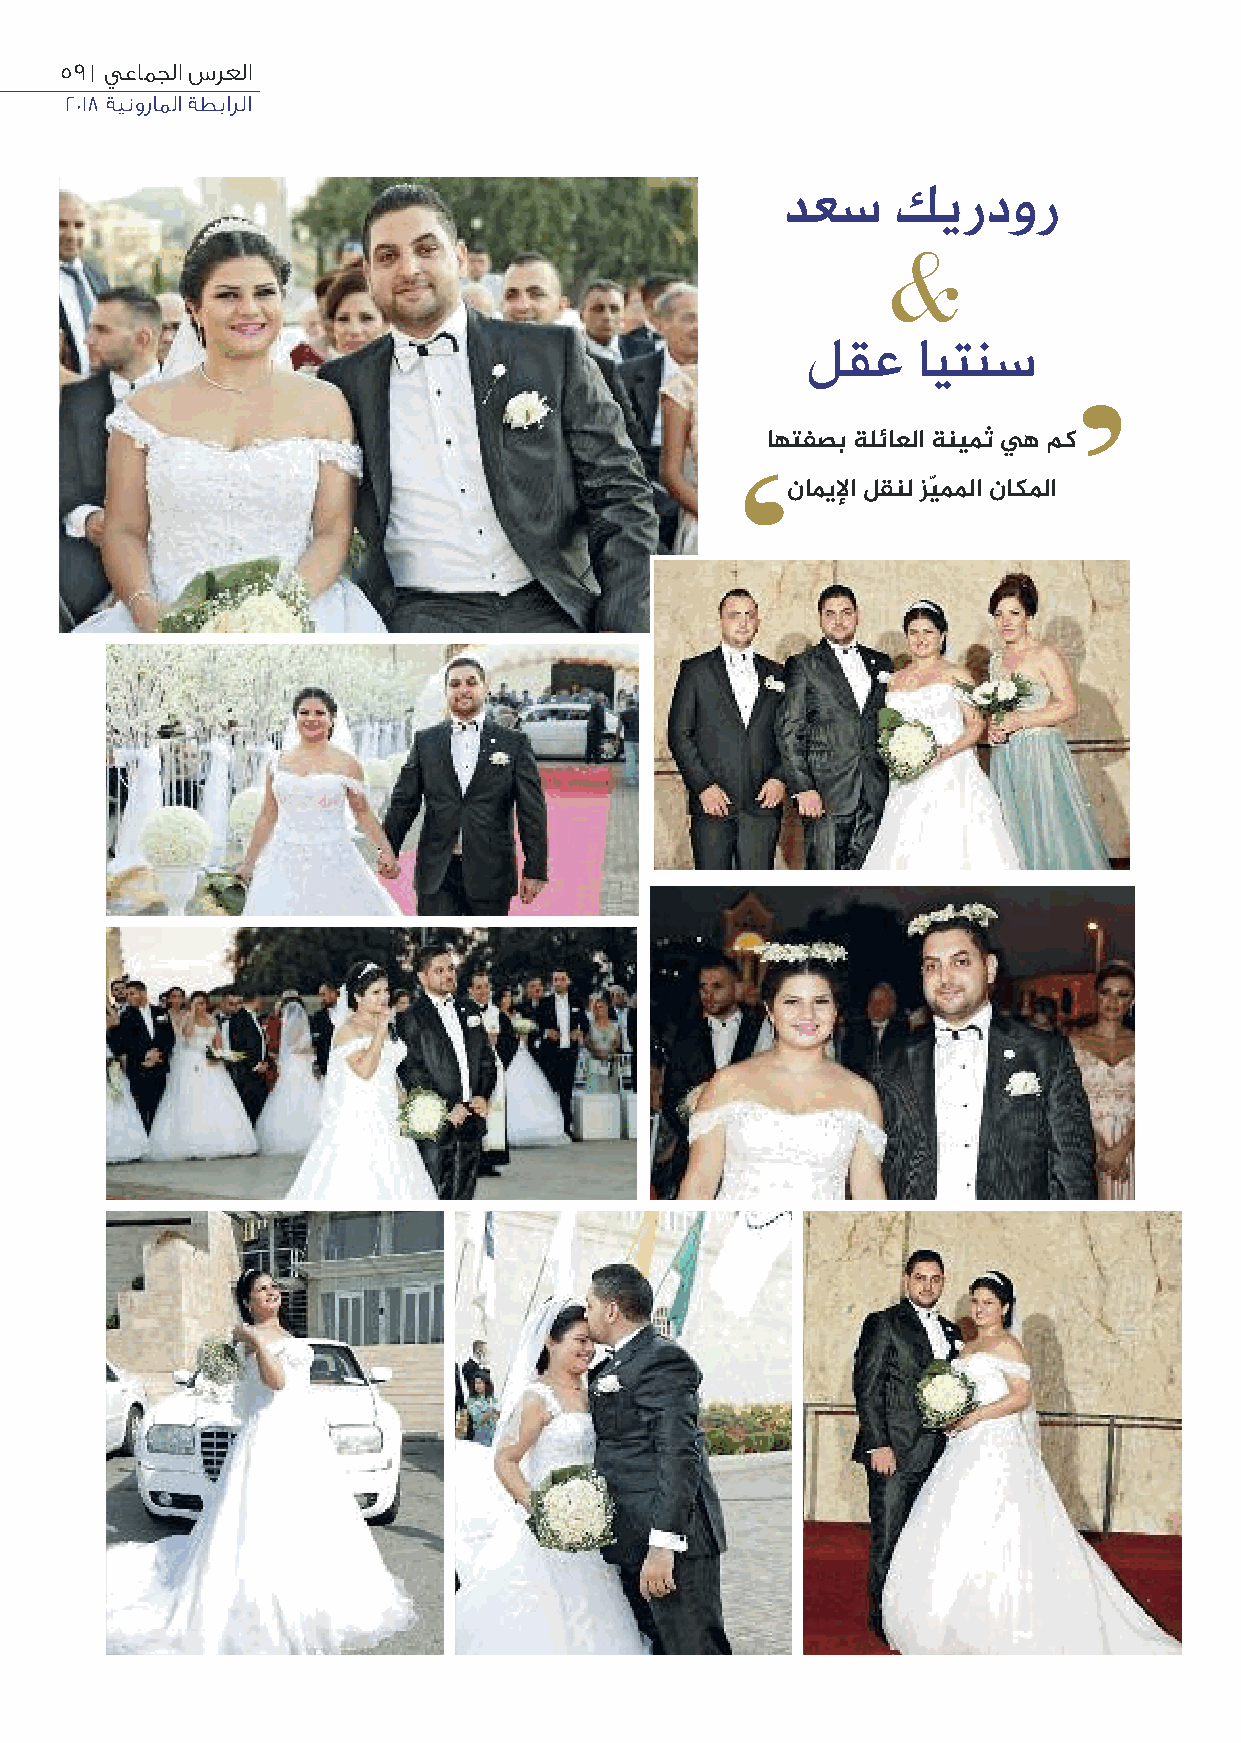
59 | يعامجلا سرعلا
 2018 ةينوراملا ةطبارلا
 دعس    كيردور
 &
 لقع     ايتنس
 ’
 اهتفصب ةلئاعلا ةنيمث يه مك
 ‘
 ناميﻹا لقنل زيّمﳌا ناكﳌا